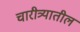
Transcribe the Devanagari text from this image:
चारीत्र्यातील